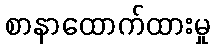
စာနာထောက်ထားမှု